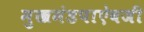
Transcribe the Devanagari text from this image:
मुखमंडपाऐवजी